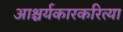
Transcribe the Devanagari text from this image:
आश्चर्यकारकरित्या